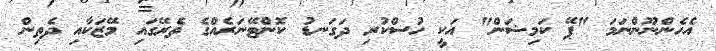
އެހެންނޫންނަމަ "ޕޭ ކަމިޝަން" އަކީ ހުސްކުރި ދަގަނޑު ކޮންޓޭނަރެއްގެ ތެރޭގައި މޭޒަކާއި ދެތިން